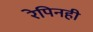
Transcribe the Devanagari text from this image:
रेपिनही